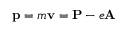
\mathbf { p } = m \mathbf { v } = \mathbf { P } - e \mathbf { A }